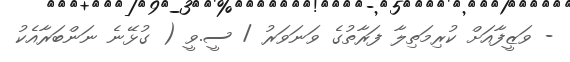
- ވަޒީފާއަށް ކުރިމަތިލާ ފަރާތުގެ ވަނަވަރު / ސީ.ވީ ( ގުޅޭނެ ނަންބަރާއެކު